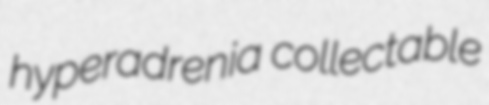
hyperadrenia collectable